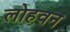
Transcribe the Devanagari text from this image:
लोहवन